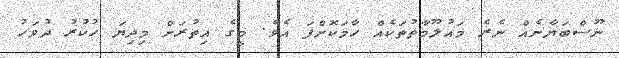
ނޫސްބަޔާނެއް ނެރެ މައުލޫމާތުތަކެއް ހާމަކޮށްފަ އެވެ. މީގެ އިތުރަށް މިދިޔަ ހުކުރު ދުވަހު